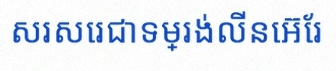
សរសេរជាទម្រង់លីនេអ៊ែរ